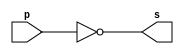
// -------------------------
// Exemplo0002 - NOT
// Nome: Pedro Henrique Alves M. de Carvalho
// -------------------------

// -------------------------
// -- not gate
// -------------------------
module notgate (output s, input p);  // parete alterada para notgate
 assign s = ~p;	// erro pos nao tinha coocado a negao (~)
endmodule	// notgate (ou como eu gosto de colocar 'fim do notgate')

// -------------------------
// -- test not gate
// -------------------------
module testbuffer;
// ------------------------- dados locais
	reg a;	// definir registrador
				// (variavel independente)
	wire s;	// definir conexao (fio)
				// (variavel dependente)
// ------------------------- instancia
 notgate NOT1 (s, a);
// ------------------------- preparacao
 initial begin:start
	a=0;  // define qua a variavel a inicia com valor 0
 end
// ------------------------- parte principal
 initial begin:main
			// execucao unitaria
	$display("Exemplo 0002 - Pedro Henrique A. M. de Carvalho - 427452");
	$display("Test NOT gate");
	$display("\n~a = s\n");
	a=0;
 #1 $display("~%b=%b", a, s);
 	a=1;
 #1 $display("~%b=%b", a, s);
 end

endmodule // testbuffer